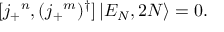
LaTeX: [ j _ { + } { } ^ { n } , ( j _ { + } { } ^ { m } ) ^ { \dagger } ] \left| { \cal E } _ { N } , 2 N \right\rangle = 0 .